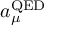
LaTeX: a _ { \mu } ^ { \mathrm { Q E D } }